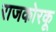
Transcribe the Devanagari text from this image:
राजकोरकू